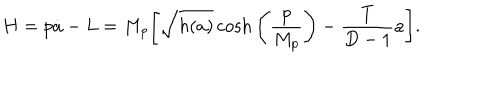
LaTeX: H = p \dot { a } - L = M _ { p } \Bigg [ { \sqrt { h ( a ) } } \cosh \Bigg ( { \frac { p } { M _ { p } } } \Bigg ) - { \frac { T } { D - 1 } } a \Bigg ] .